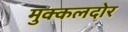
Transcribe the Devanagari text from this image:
मुक्कलदोर